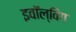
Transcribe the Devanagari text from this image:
इवॉल्विंग